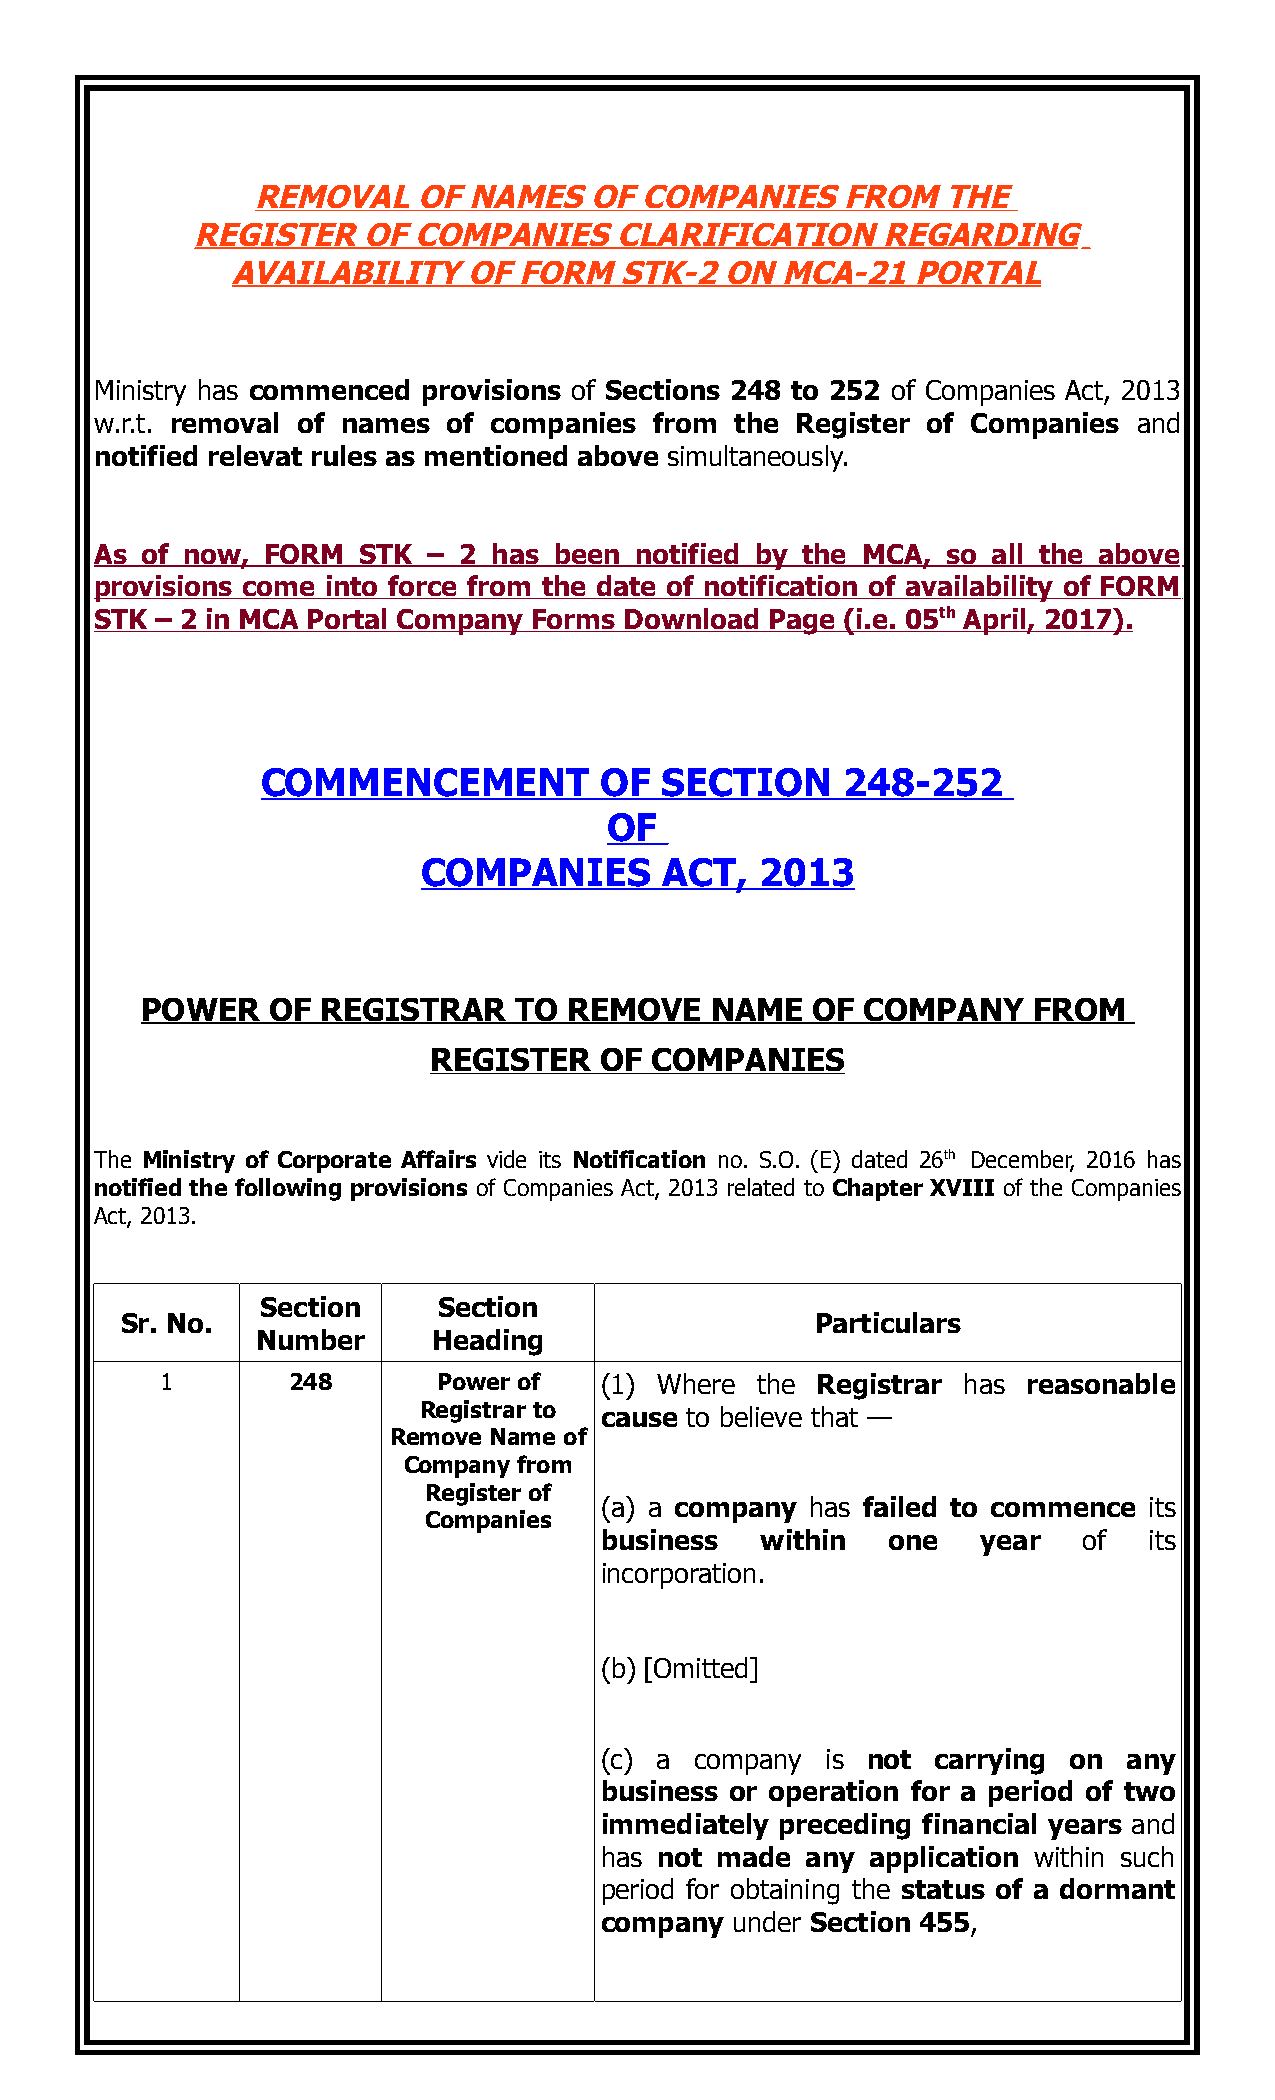
REMOVAL    OF NAMES   OF COMPANIES     FROM   THE
 REGISTER   OF COMPANIES     CLARIFICATION    REGARDING
 AVAILABILITY    OF FORM   STK-2  ON  MCA-21  PORTAL
 Ministry has commenced provisions of Sections 248 to 252 of Companies Act, 2013
 w.r.t. removal of names of companies from  the Register of Companies and
 notified relevat rules as mentioned above simultaneously.
 As of now,  FORM  STK – 2  has been notified by the MCA, so all the above
 provisions come into force from the date of notification of availability of FORM
 STK – 2 in MCA Portal Company Forms Download Page (i.e. 05 th April, 2017).
 COMMENCEMENT           OF  SECTION     248-252
 OF
 COMPANIES       ACT,  2013
 POWER    OF REGISTRAR    TO  REMOVE   NAME   OF COMPANY    FROM
 REGISTER    OF COMPANIES
 The Ministry of Corporate Affairs vide its Notification no. S.O. (E) dated 26th December, 2016 has
 notified the following provisions of Companies Act, 2013 related to Chapter XVIII of the Companies
 Act, 2013.
 Section     Section
 Sr. No.                                       Particulars
 Number      Heading
 1       248       Power of   (1) Where the Registrar has reasonable
 Registrar to cause to believe that —
 Remove Name of
 Company from
 Register of
 (a) a company has failed to commence its
 Companies
 business  within   one   year   of  its
 incorporation.
 (b) [Omitted]
 (c) a company  is not carrying on  any
 business or operation for a period of two
 immediately preceding financial years and
 has not made any  application within such
 period for obtaining the status of a dormant
 company under Section 455,